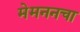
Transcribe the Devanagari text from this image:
मेमननचा